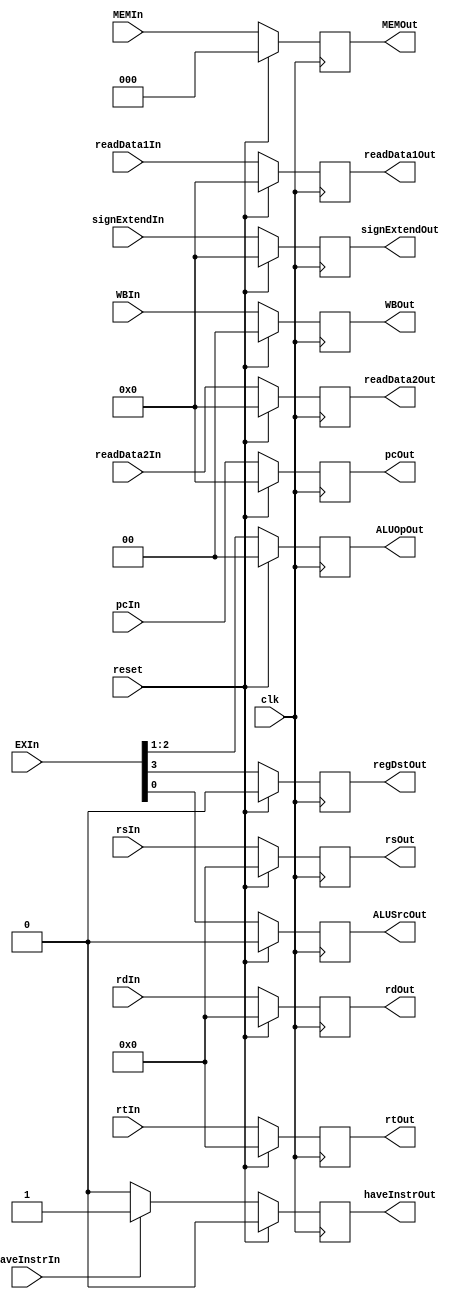
// PIPELINED
// Second pipeline register: ID_EX
// Total size (in bits): 128

module id_ex (haveInstrIn, haveInstrOut, clk, reset, pcIn, readData1In, readData2In, signExtendIn, rsIn, rtIn, rdIn, WBIn, MEMIn, EXIn,
    pcOut, readData1Out, readData2Out, signExtendOut, rsOut, rtOut, rdOut, WBOut, MEMOut, regDstOut, ALUOpOut, ALUSrcOut);

    // Input wires;
    input clk, reset, haveInstrIn;
    input [31:0] pcIn, readData1In, readData2In, signExtendIn;
    input [4:0] rsIn, rtIn, rdIn;
    input [1:0] WBIn;
    input [2:0] MEMIn;
    input [3:0] EXIn;

    // Output regs;
    output reg [31:0] pcOut, readData1Out, readData2Out, signExtendOut;
    output reg [4:0] rsOut, rtOut, rdOut;
    output reg [1:0] WBOut;
    output reg [2:0] MEMOut;
    output reg regDstOut;
    output reg [1:0] ALUOpOut;
    output reg ALUSrcOut;
    output reg haveInstrOut;

    // Copying data from the entries to the module's output registers when negedge is happening;
    always @(negedge clk) begin
        if (reset) begin
            pcOut <= 32'b0;
            readData1Out <= 32'b0;
            readData2Out <= 32'b0;
            signExtendOut <= 32'b0;
            rsOut <= 5'b0;
            rtOut <= 5'b0;
            rdOut <= 5'b0;
            WBOut <= 2'b0;
            MEMOut <= 3'b0;
            regDstOut <= 0;
            ALUOpOut <= 2'b0;
            ALUSrcOut <= 0;
            haveInstrOut <= 1'b0;
        end
        else begin
            if (haveInstrIn) begin
                haveInstrOut <= 1'b1;
            end
            else begin
                haveInstrOut <= 1'b0;
            end
            pcOut <= pcIn;
            readData1Out <= readData1In;
            readData2Out <= readData2In;
            signExtendOut <= signExtendIn;
            rsOut <= rsIn;
            rtOut <= rtIn;
            rdOut <= rdIn;
            WBOut <= WBIn;
            MEMOut <= MEMIn;
            regDstOut <= EXIn[3];
            ALUOpOut <= {EXIn[2], EXIn[1]};
            ALUSrcOut <= EXIn[0];
        end
    end
endmodule